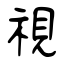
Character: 視